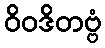
ဝိဝဒိတဗ္ဗံ